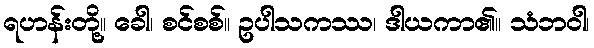
ရဟန်းတို့။ ခေါ၊ စင်စစ်။ ဥပါသကဿ၊ ဒါယကာ၏။ သံဘဝါ၊